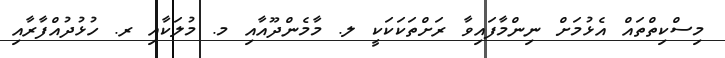
މިސްކިތްތައް އެޅުމަށް ނިންމާފައިވާ ރަށްތަކަކަކީ ލ. މާމެންދޫއާއި މ. މުލަކާއި ރ. ހުޅުދުއްފާރާއި